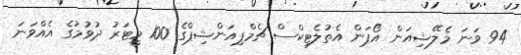
94 ވަނަ މެލޭޝިއަން އޯޕަން އެތުލެޓިކްސް ޗެމްޕިއަންޝިޕްގެ 100 މީޓަރު ދުވުމުގެ އެއްވަނަ